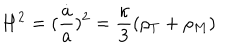
H ^ { 2 } = ( \frac { \dot { a } } { a } ) ^ { 2 } = \frac { \kappa } { 3 } ( \rho _ { T } + \rho _ { M } )